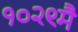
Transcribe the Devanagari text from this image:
१०२९मै